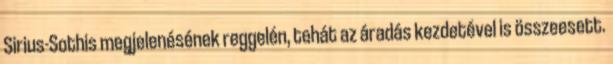
Sirius-Sothis megjelenésének reggelén, tehát az áradás kezdetével is összeesett.